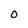
Character: 0